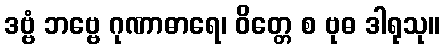
ဒဗ္ဗံ ဘဗ္ဗေ ဂုဏာဓာရေ၊ ဝိတ္တေ စ ဗုဓ ဒါရုသု။